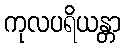
ကုလပရိယန္တာ